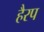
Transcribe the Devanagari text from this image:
हैरप